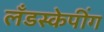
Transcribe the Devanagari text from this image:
लँडस्केपींग